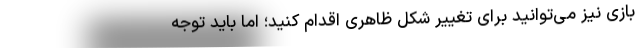
بازی نیز می‌توانید برای تغییر شکل ظاهری اقدام کنید؛ اما باید توجه